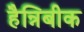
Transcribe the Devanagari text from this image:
हैन्निबीक